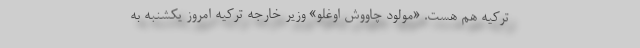
ترکیه هم هست. «مولود چاووش اوغلو» وزیر خارجه ترکیه امروز یکشنبه به